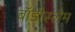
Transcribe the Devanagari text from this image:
बॉडीस्लैम